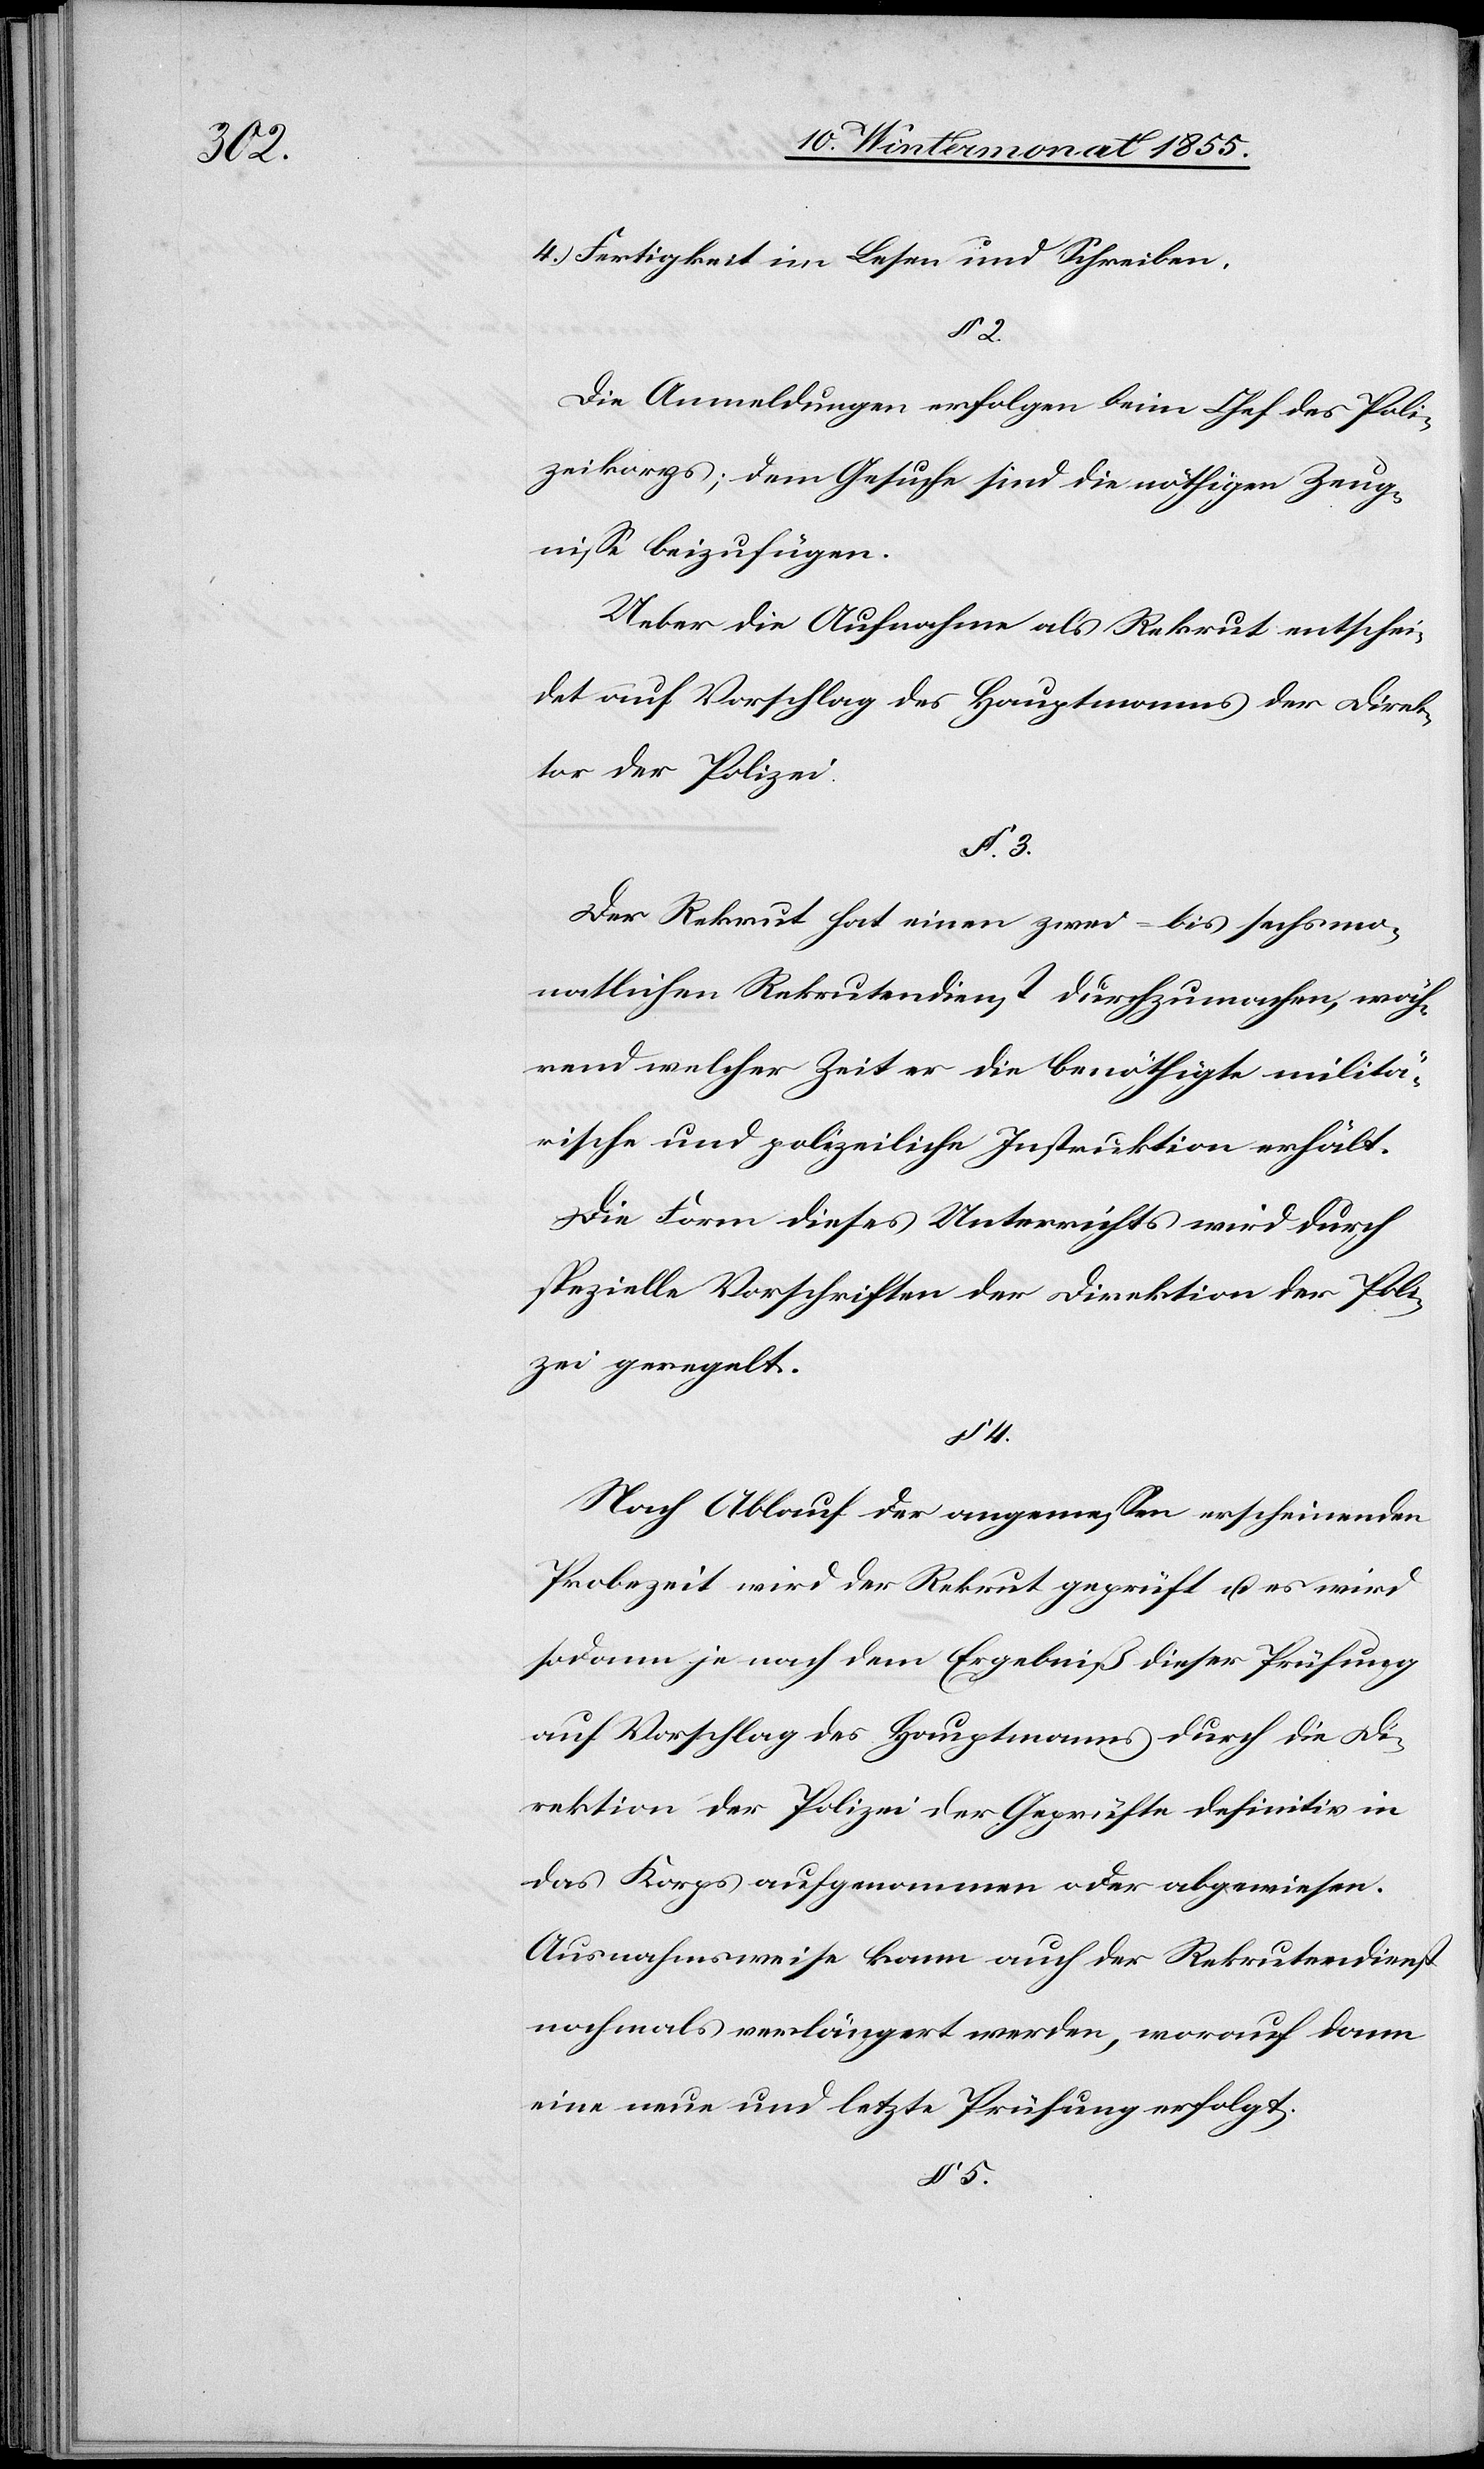
4.) Fertigkeit im Lesen und Schreiben.
§ 2.
Die Anmeldungen erfolgen beim Chef des Poli¬
zeikorps; dem Gesuche sind die nöthigen Zeug¬
nisse beizufügen.
Ueber die Aufnahme als Rekrut entschei¬
det auf Vorschlag des Hauptmanns der Direk¬
tor der Polizei,
Der Rekrut hat einen zwei- bis sechsmo¬
natlichen Rekrutendienst durchzumachen, wäh¬
rend welcher Zeit er die benöthigte militä¬
rische und polizeiliche Instruktion erhält.
Die Form dieses Unterrichts wird durch
spezielle Vorschriften der Direktion der Poli¬
zei geregelt.
§ 4.
Nach Ablauf der angemessen erscheinenden
Probezeit wird der Rekrut geprüft u. es wird
sodann je nach dem Ergebniß dieser Prüfung
auf Vorschlag des Hauptmanns durch die Di¬
rektion der Polizei der Geprüfte definitiv in
das Korps aufgenommen oder abgewiesen.
Ausnahmsweise kann auch der Rekrutendienst
nochmals verlängert werden, worauf dann
eine neue und letzte Prüfung erfolgt.
§ 5.